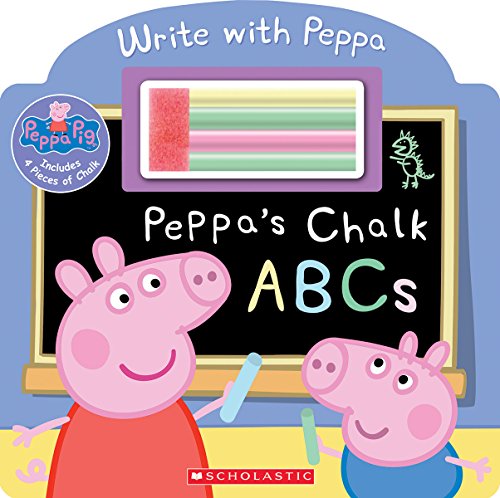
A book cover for Peppa's Chalk ABCs (Peppa Pig); Scholastic; Children's Books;